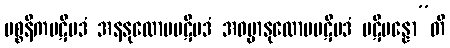
ပစ္စနီကပဋိပဒံ အနနုလောမပဋိပဒံ အဓမ္မာနုလောမပဋိပဒံ ပဋိပန္နော”တိ